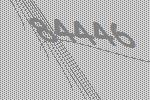
84446